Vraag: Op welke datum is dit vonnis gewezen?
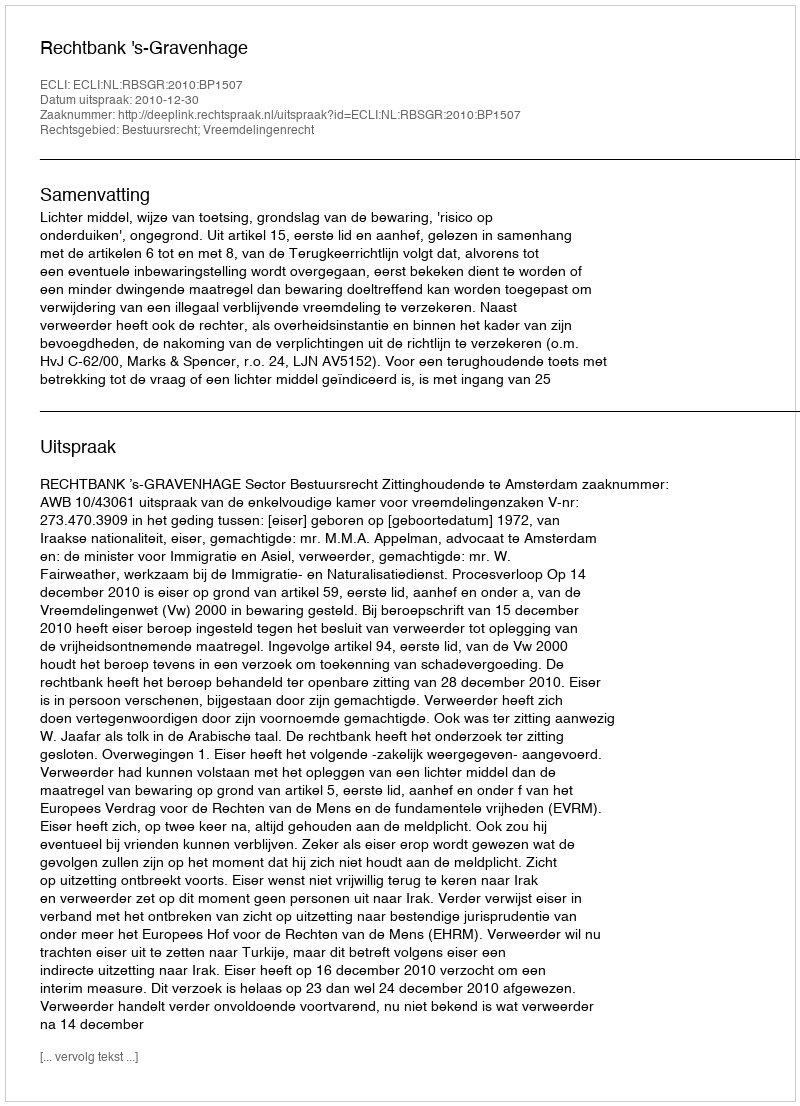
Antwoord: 2010-12-30